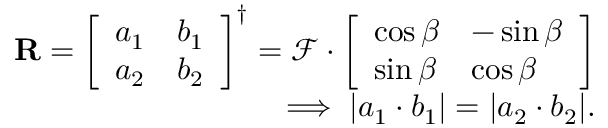
\begin{array} { r } { \mathbf { R } = \left[ \begin{array} { l l } { a _ { 1 } } & { b _ { 1 } } \\ { a _ { 2 } } & { b _ { 2 } } \end{array} \right] ^ { \dagger } = \mathcal { F } \cdot \left[ \begin{array} { l l } { \cos \beta } & { - \sin \beta } \\ { \sin \beta } & { \cos \beta } \end{array} \right] } \\ { \implies \lvert a _ { 1 } \cdot b _ { 1 } \rvert = \lvert a _ { 2 } \cdot b _ { 2 } \rvert . } \end{array}